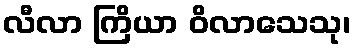
လီလာ ကြိယာ ဝိလာသေသု၊